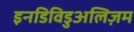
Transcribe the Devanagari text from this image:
इनडिविडुअलिज़म